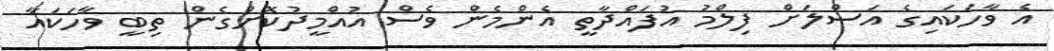
އެ ވާހަކައިގެ އަސްލަށް ފިލްމު އުފައްދާތީ އެންމެން ވެސް އުއްމީދުކޮށްގެން ތިބީ ވާހަކައާ